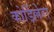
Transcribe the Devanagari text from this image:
कोर्डिल्लेरा